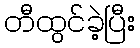
တီထွင်ခဲ့ပြီး